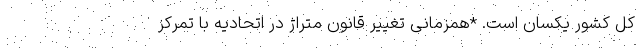
کل کشور یکسان است. *همزمانی تغییر قانون متراژ در اتحادیه با تمرکز